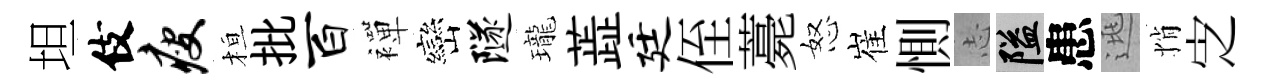
坦伎瘦桓批百襌巒隧瓏蕋廷侄薧怒崔惻𢖽隘患逃悄㝎